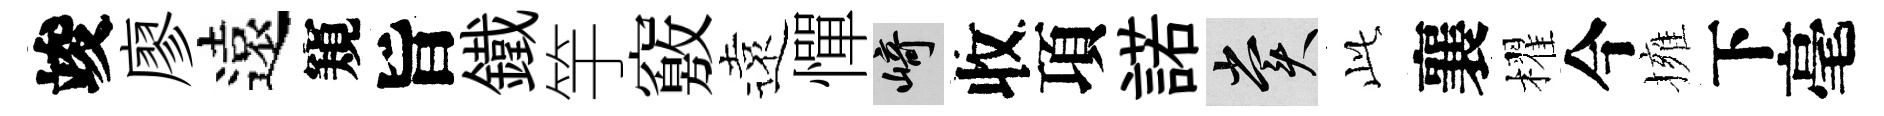
竣廖遠窺旨鐵竽竅遠憚崎收項諾賞𬼘襄櫂今擁下毫